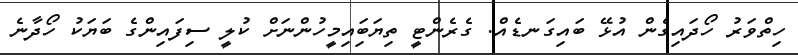
ހިތްވަރު ހޯދައިގެން އުޅޭ ބައިގަނޑެއް. ގެރެންޓީ ތިޔަބަިއިމީހުންނަށް ކުލީ ސިފައިންގެ ބަޔަކު ހޯދާނެ